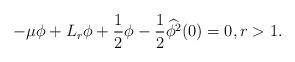
LaTeX: \begin{align*}-\mu \phi + L_r\phi + \frac{1}{2}\phi-\frac{1}{2}\widehat{\phi^2}(0)=0,r>1.\end{align*}